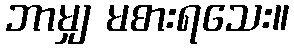
ဘာမျှ မစားရသေး။